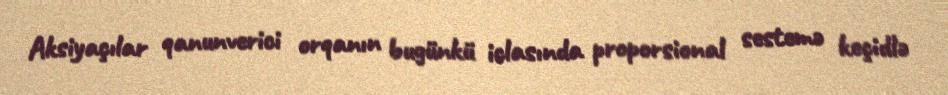
Aksiyaçılar qanunverici orqanın bugünkü iclasında proporsional sestemə keçidlə